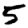
Digit: 5